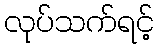
လုပ်သက်ရင့်